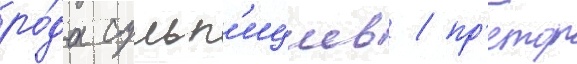
ро́да сульп'ициев / пр'етор